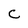
Character: C